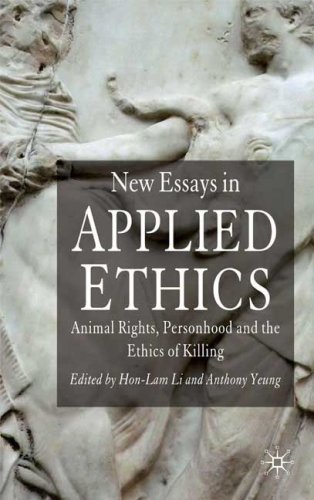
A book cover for New Essays in Applied Ethics: Animal Rights, Personhood, and the Ethics of Killing; Medical Books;